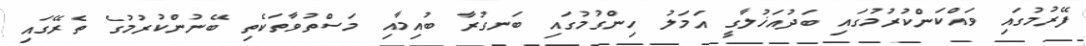
ފޭރުމުގައި ވައްކަންކުރުމުގައި ބަދުއަޚުލާގީ އަމަލު ހިންގުމުގައި ބަނގުރާ ބުއިމާއި މަސްތުވާތަކެތި ބޭނުންކުރުމުގެ ތެރޭގައި